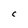
Character: C